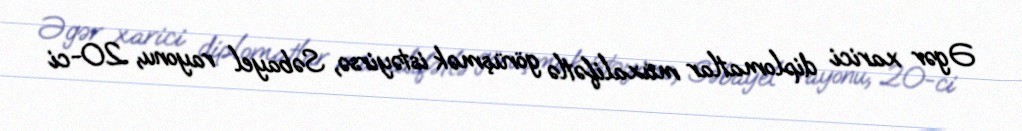
Əgər xarici diplomatlar müxalifətlə görüşmək istəyirsə, Səbayel rayonu, 20-ci